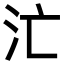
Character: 汒